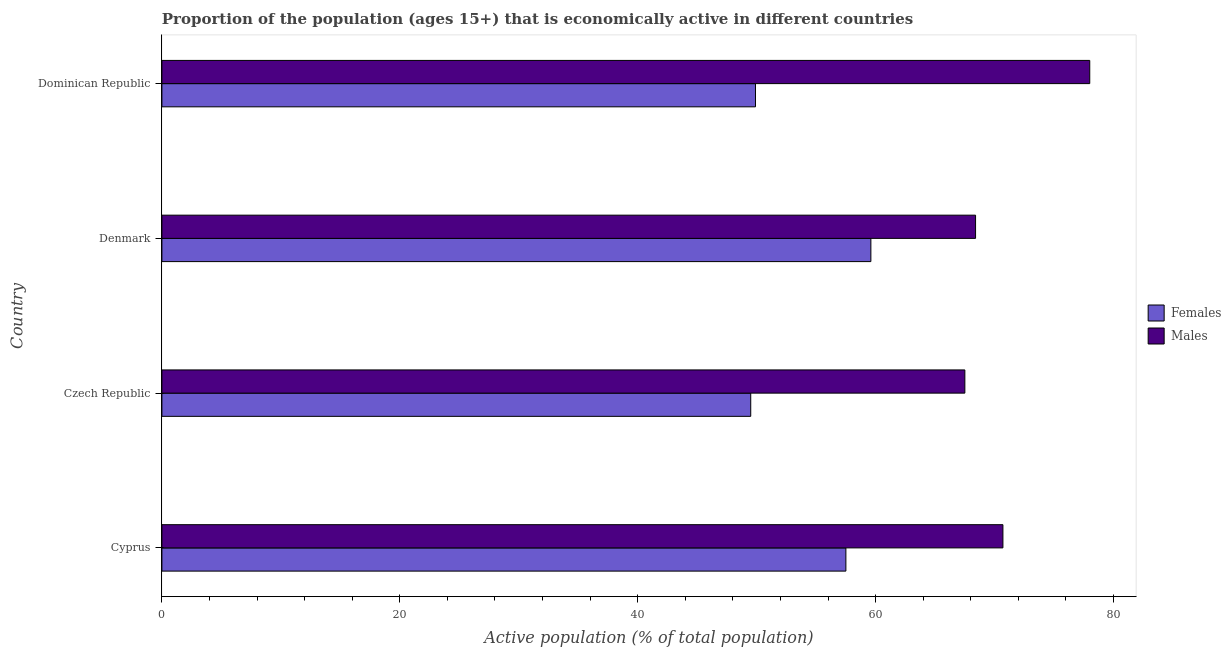
| Country | Females | Males |
 | --- | --- | --- |
 | Cyprus | 57.5 | 70.7 |
 | Czech Republic | 49.5 | 67.5 |
 | Denmark | 59.6 | 68.4 |
 | Dominican Republic | 49.9 | 78 |